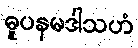
ဓူပနမဒါသဟံ